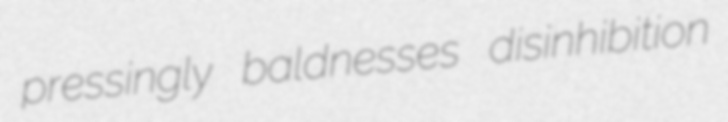
pressingly baldnesses disinhibition